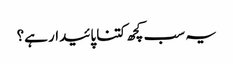
یہ سب کچھ کتنا پائیدار ہے؟